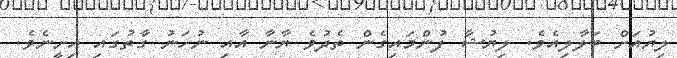
ލިޔުއަށް ބަލާލިއެވެ. ލިޔުޝާ ފުންމައިގެން ތެދުވެ ޔާނާ އާއި ނުހަނު ގާތުގައި އިށީނެވެ.